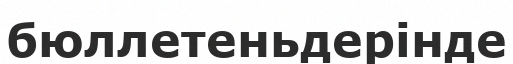
бюллетеньдерінде